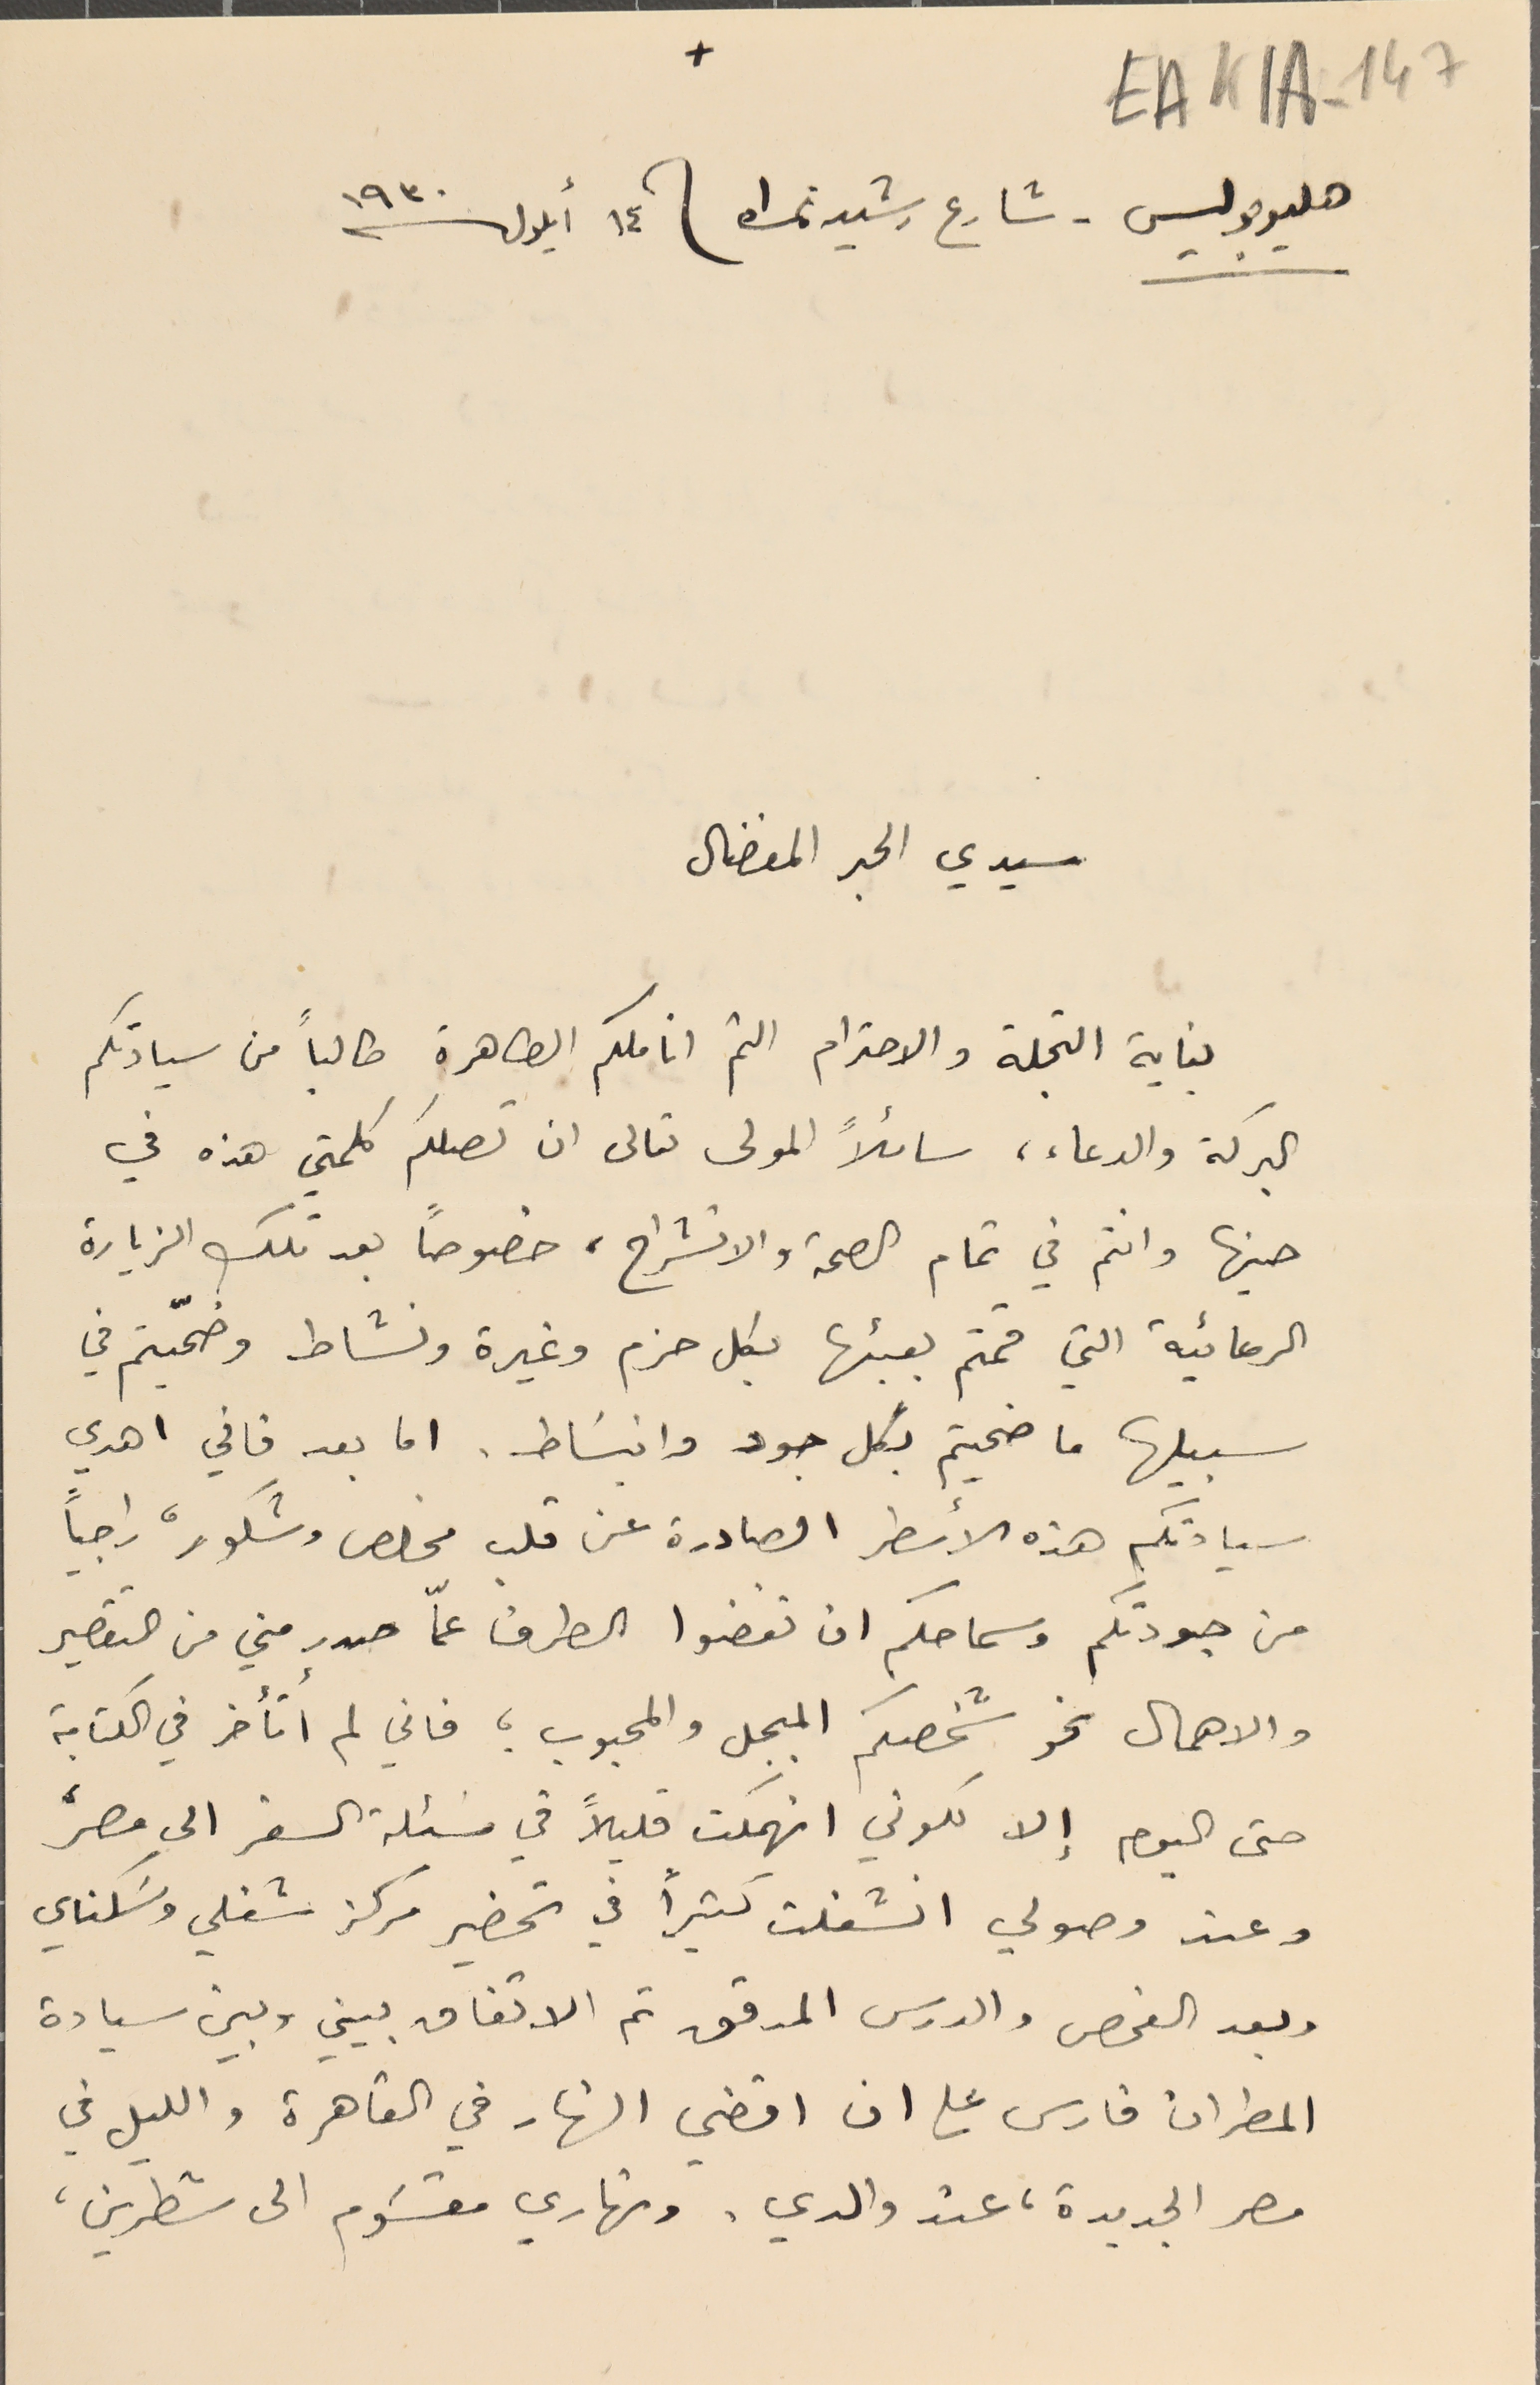
EAK1A-147
+
 هليوبوليس - شارع رشيد نمره 1 فى ١٤ أيلول سنة ١٩٣٠
سيدي الحبر المفضال
بغاية التجلة والاحترام الثم اناملكم الطاهرة طالباً من سيادتكم
البركة والدعاء، سائلاً المولى تعالى ان تصلكمَ كلمتي هذه في
حينها وانتم في تمام الصحة والانشراح، خصوصاً بعد تلك الزيارة
 الرعائية التي قمتم بعبئها بكل حزم وغيرة ونشاط وضحيّتم في
 سبيلها ما ضحيتم بكل جود وانبسَاط. اما بعد فاني اهدي
سيادتكم هذه الأسطر الصادرة عن قلب مخلص وشكور، راجياً
 من جودتكم وسماحكم ان تغضوا الطرف عمّا صدر مني من التقصير
والاهمال نحو شخصكم المبجل والمحبوب؛ فاني لم اتأخر في الكتابة
حتى اليوم إلا لكوني انهمكت قليلاً في مسَئلة السفر الى مصر،
 وعند وصولي انشغلت كثيرًا في تحضير مركز شغلي وسَكناي
 وبعد الفحص والدرس المدقق تم الاتفاق بيني وبين سيادة
 المطران فارس على ان اقضي النهار في القاهرة والليل في
مصر الجديدة، عند والدي، ونهاري مقسَوم الى شطرين،